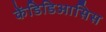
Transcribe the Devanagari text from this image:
केंडिडिआसिस